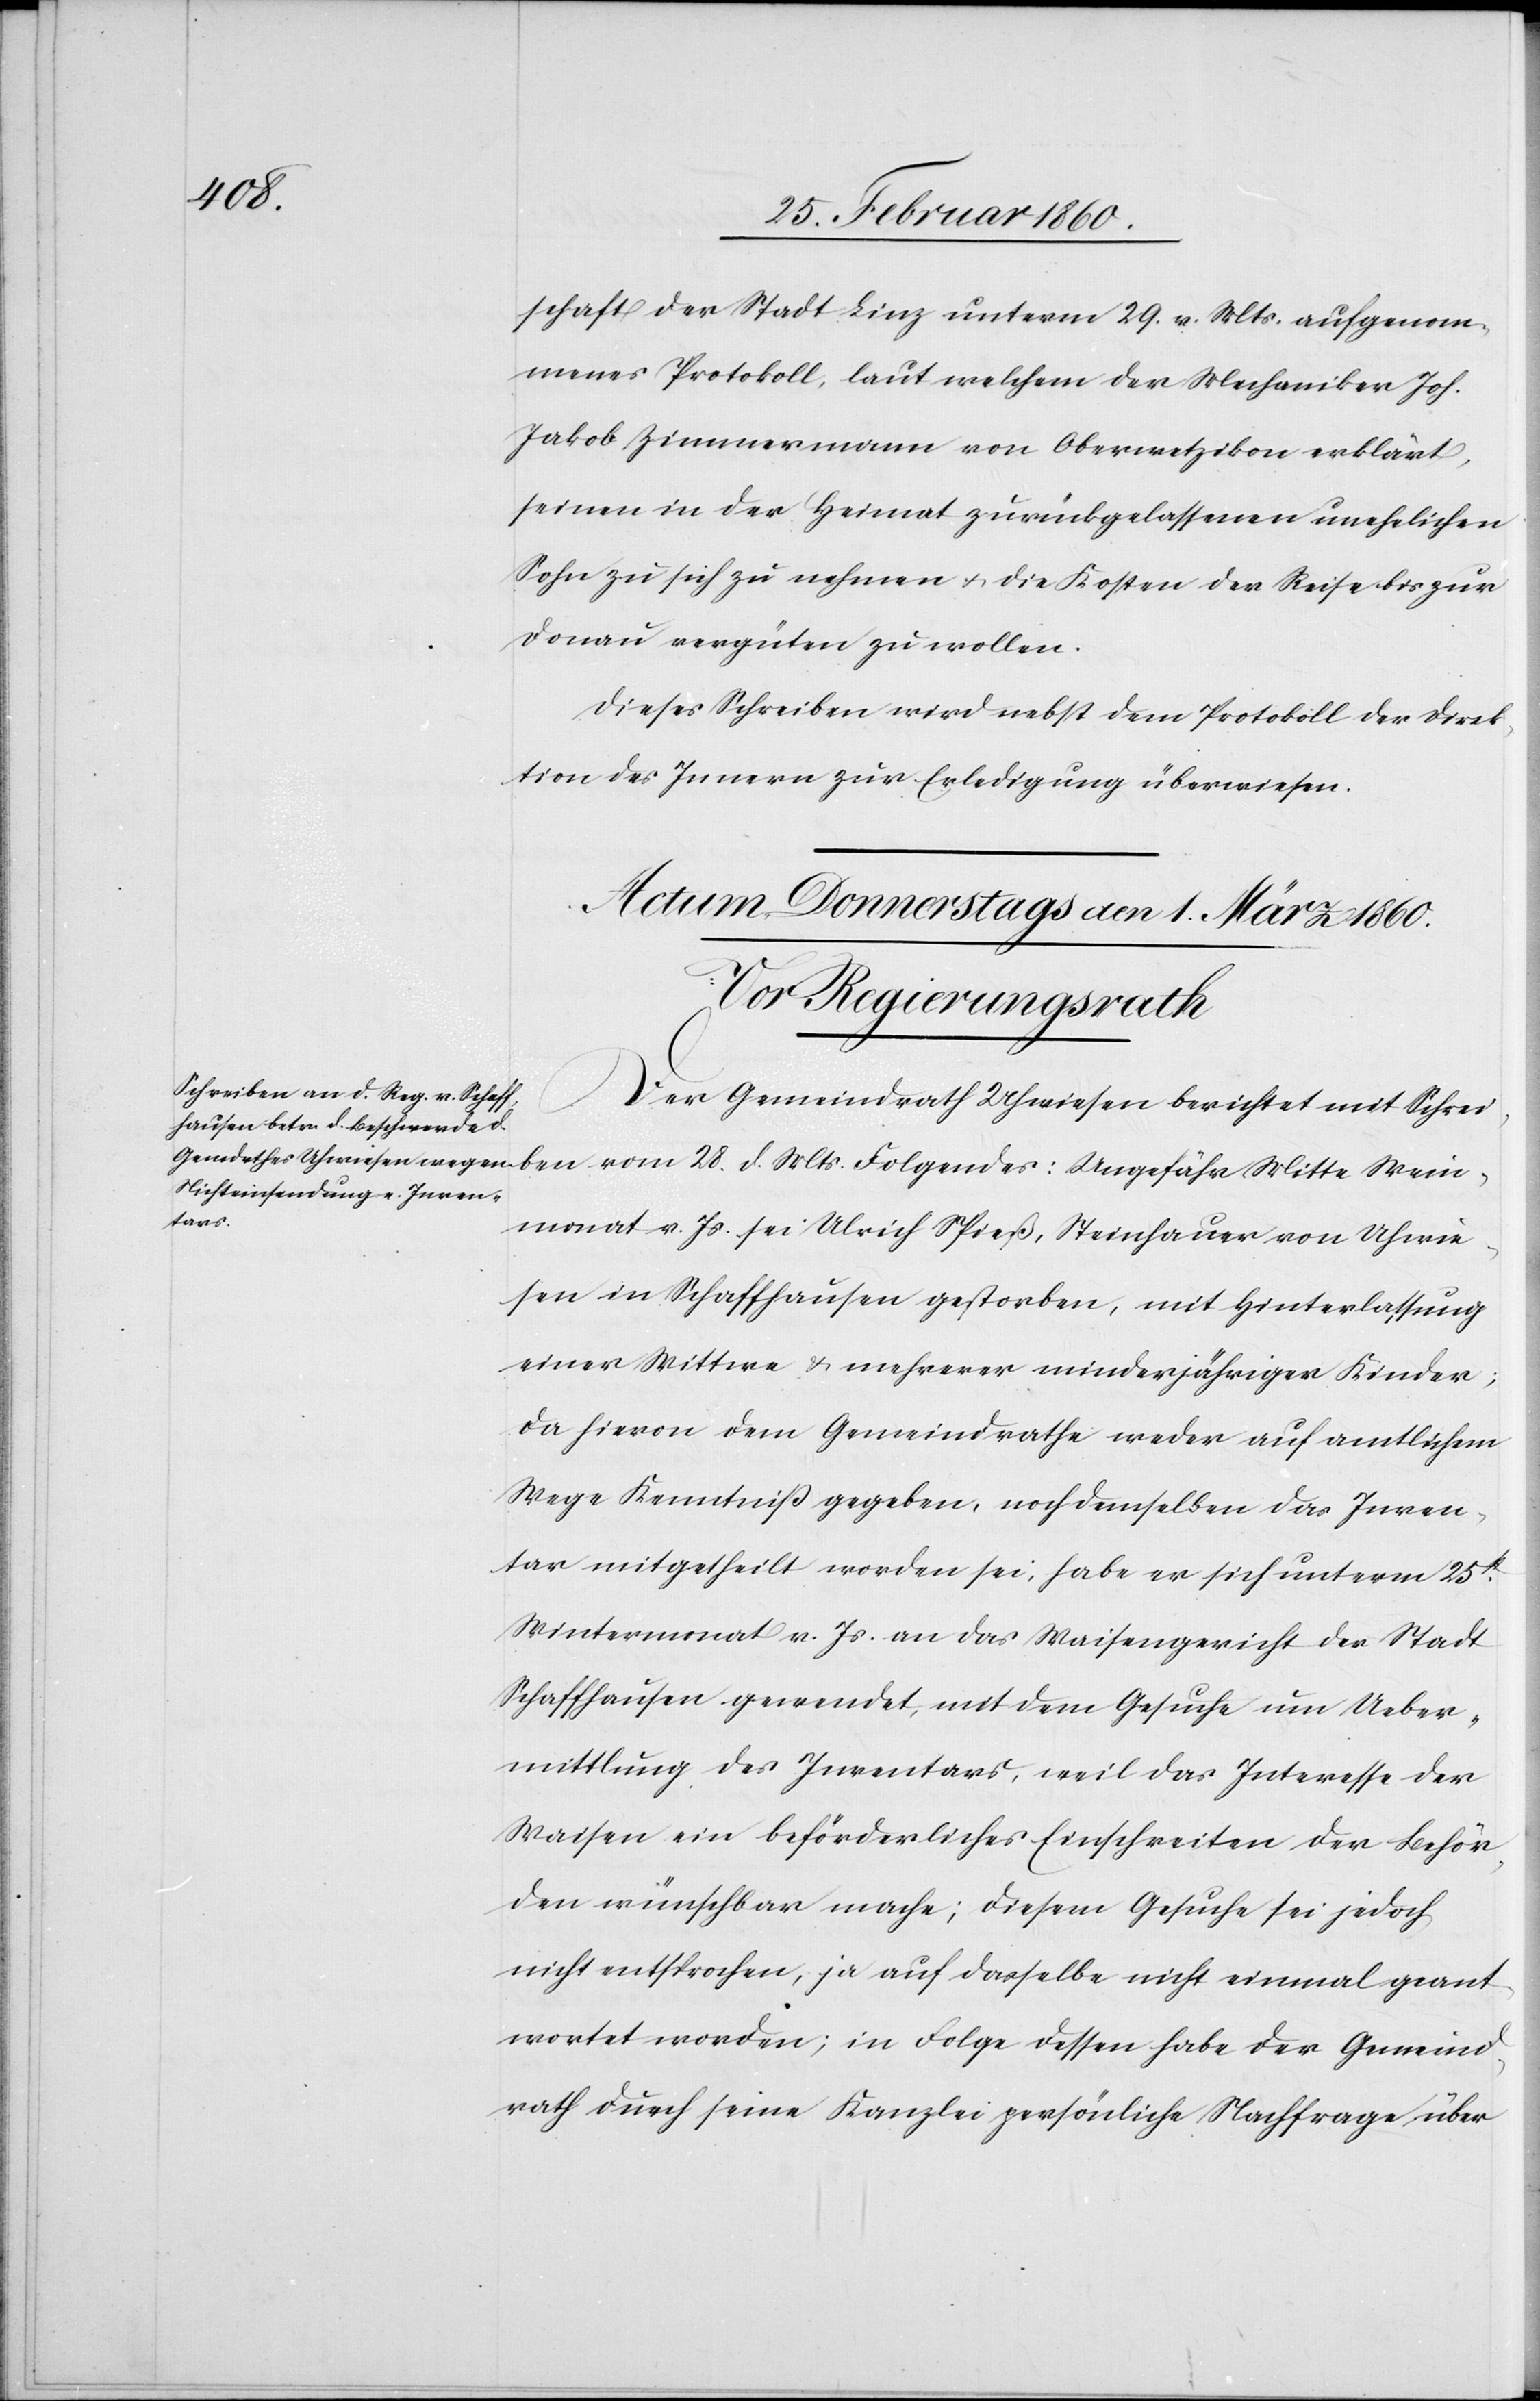
Wei¬
schaft der Stadt Linz unterm 29. v. Mts. aufgenom¬
menes Protokoll, laut welchem der Mechaniker Joh.
Jakob Zimmermann von Oberwetzikon erklärt,
seinen in der Heimat zurückgelassenen unehelichen
Sohn zu sich zu nehmen u. die Kosten der Reise bis zur
Donau vergüten zu wollen.
Dieses Schreiben wird nebst dem Protokoll der Direk¬
tion des Innern zur Erledigung überwiesen.
Der Gemeindrath Uhwiesen berichtet mit Schreiben
nmonat v. Js. sei Ulrich Spieß, Steinhauer von Uhwie¬
sen in Schaffhausen gestorben, mit Hinterlassung
einer Wittwe u. mehrerer minderjähriger Kinder;
da hievon dem Gemeindrathe weder auf amtlichem
Wege Kenntniß gegeben, noch demselben das Inven¬
tar mitgetheilt worden sei, habe er sich unterm 15t
Wintermonat v. Js. an das Waisengericht der Stadt
Schaffhausen gewendet, mit dem Gesuche um Ueber¬
mittlung des Inventars, weil das Interesse der
Waisen ein beförderliches Einschreiten der Behör¬
den wünschbar mache; diesem Gesuche sei jedoch
nicht entsprochen, ja auch dasselbe nicht einmal geant¬
wortet worden; in Folge dessen habe der Gemeind¬
rath durch seine Kanzlei persönliche Nachfrage über